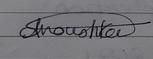
Signature authenticity: genuine